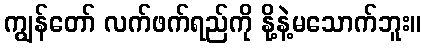
ကျွန်တော် လက်ဖက်ရည်ကို နို့နဲ့မသောက်ဘူး။